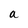
Character: a